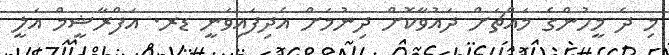
މި ދެ މީހުންގެ މައްޗަށް ދައުވާކޮށް ދިނުމަށް އެދިފައިވަނީ ޑރ. އަފްރާޝީމް އަލީ